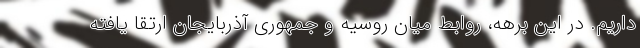
داریم. در این برهه، روابط میان روسیه و جمهوری آذربایجان ارتقا یافته